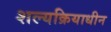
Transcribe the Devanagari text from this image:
शल्यक्रियाधीन